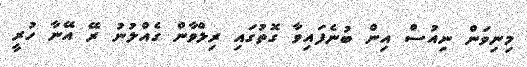
މިނިވަން ނިއުސް އިން ބުނެފައިވާ ގޮތުގައި ރިލްވާން ގެއްލުނު ރޭ އޭނާ ހުރީ